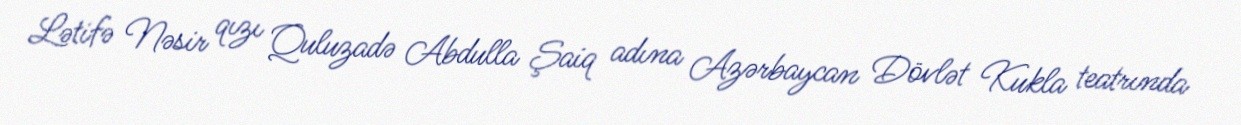
Lətifə Nəsir qızı Quluzadə Abdulla Şaiq adına Azərbaycan Dövlət Kukla teatrında